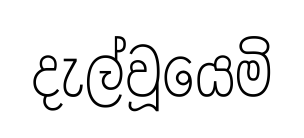
දැල්වූයෙමි